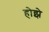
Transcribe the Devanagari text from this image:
होझे